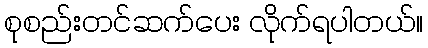
စုစည်းတင်ဆက်ပေး လိုက်ရပါတယ်။